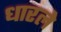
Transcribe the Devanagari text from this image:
धारले